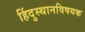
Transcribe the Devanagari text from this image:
हिंदुस्थानविषयक